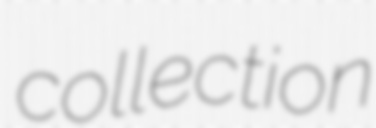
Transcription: collection